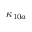
\kappa _ { 1 0 a }